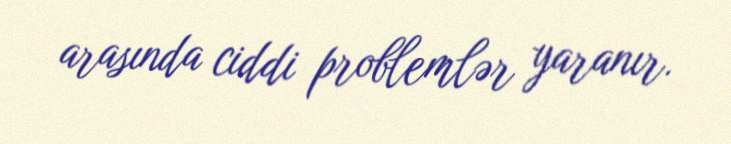
arasında ciddi problemlər yaranır.